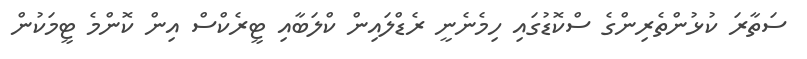
ސަތާރަ ކުޅުންތެރިންގެ ސްކޮޑުގައި ހިމެނެނީ ރެޑްލައިން ކްލަބާއި ޓީރެކްސް އިން ކޮންމެ ޓީމަކުން